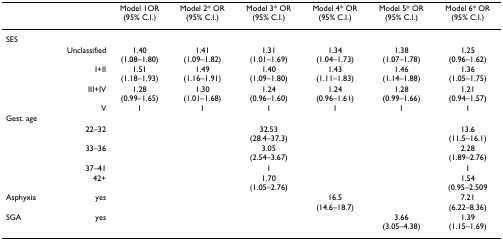
<table><thead><tr><td></td><td></td><td><b>Model 1OR(95% C.I.)</b></td><td><b>Model 2* OR(95% C.I.)</b></td><td><b>Model 3* OR(95% C.I.)</b></td><td><b>Model 4* OR(95% C.I.)</b></td><td><b>Model 5* OR(95% C.I.)</b></td><td><b>Model 6* OR(95% C.I.)</b></td></tr></thead><tbody><tr><td>SES</td><td></td><td></td><td></td><td></td><td></td><td></td><td></td></tr><tr><td></td><td>Unclassified</td><td>1.40(1.08–1.80)</td><td>1.41(1.09–1.82)</td><td>1.31(1.01–1.69)</td><td>1.34(1.04–1.73)</td><td>1.38(1.07–1.78)</td><td>1.25(0.96–1.62)</td></tr><tr><td></td><td>I+II</td><td>1.51(1.18–1.93)</td><td>1.49(1.16–1.91)</td><td>1.40(1.09–1.80)</td><td>1.43(1.11–1.83)</td><td>1.46(1.14–1.88)</td><td>1.36(1.05–1.75)</td></tr><tr><td></td><td>III+IV</td><td>1.28(0.99–1.65)</td><td>1.30(1.01–1.68)</td><td>1.24(0.96–1.60)</td><td>1.24(0.96–1.61)</td><td>1.28(0.99–1.66)</td><td>1.21(0.94–1.57)</td></tr><tr><td></td><td>V</td><td>1</td><td>1</td><td>1</td><td>1</td><td>1</td><td>1</td></tr><tr><td>Gest. age</td><td></td><td></td><td></td><td></td><td></td><td></td><td></td></tr><tr><td></td><td>22–32</td><td></td><td></td><td>32.53(28.4–37.3)</td><td></td><td></td><td>13.6(11.5–16.1)</td></tr><tr><td></td><td>33–36</td><td></td><td></td><td>3.05(2.54–3.67)</td><td></td><td></td><td>2.28(1.89–2.76)</td></tr><tr><td></td><td>37–41</td><td></td><td></td><td>1</td><td></td><td></td><td>1</td></tr><tr><td></td><td>42+</td><td></td><td></td><td>1.70(1.05–2.76)</td><td></td><td></td><td>1.54(0.95–2.509</td></tr><tr><td>Asphyxia</td><td>yes</td><td></td><td></td><td></td><td>16.5(14.6–18.7)</td><td></td><td>7.21(6.22–8.36)</td></tr><tr><td>SGA</td><td>yes</td><td></td><td></td><td></td><td></td><td>3.66(3.05–4.38)</td><td>1.39(1.15–1.69)</td></tr></tbody></table>